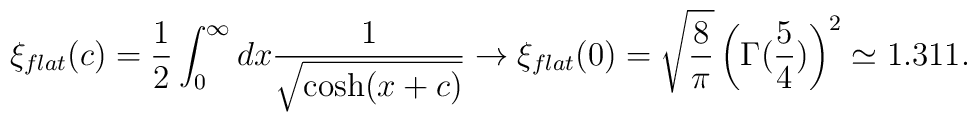
\xi_{flat}(c)=\frac12\int_0^\infty dx\frac{1}{\sqrt{\cosh(x+c)}}\rightarrow\xi_{flat}(0)=\sqrt{\frac{8}{\pi}}\left(\Gamma(\frac{5}{4})\right)^2\simeq 1.311.